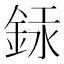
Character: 銾